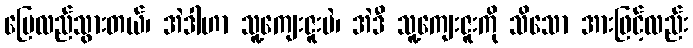
ပြေလည်သွားတယ်၊ အဲဒါဟာ သူ့ကျေးဇူးပဲ၊ အဲဒီ သူ့ကျေးဇူးကို သိသော အားဖြင့်လည်း